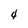
Character: 4